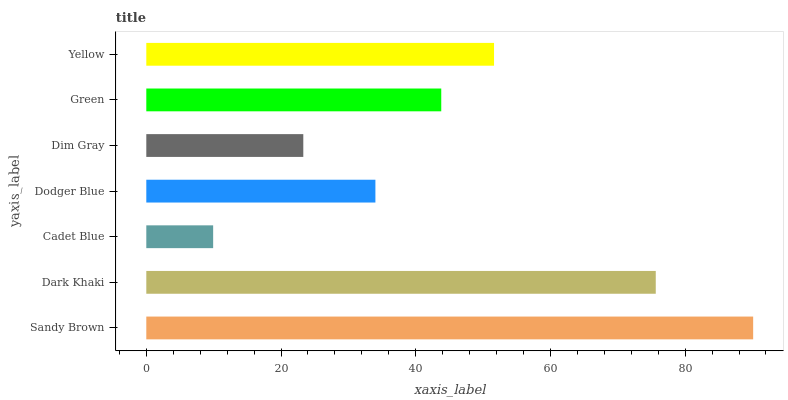
| yaxis_label | bars |
 | --- | --- |
 | Sandy Brown | 90.1 |
 | Dark Khaki | 75.6 |
 | Cadet Blue | 9.93 |
 | Dodger Blue | 34 |
 | Dim Gray | 23.3 |
 | Green | 43.8 |
 | Yellow | 51.6 |